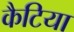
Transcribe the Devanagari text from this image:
कैटिया